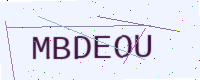
Text: MBDEOU